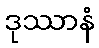
ဒုဿာနံ